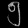
Digit: ၅